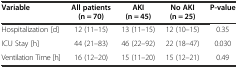
<table><thead><tr><td><b>Variable</b></td><td><b>All patients (n = 70)</b></td><td><b>AKI (n = 45)</b></td><td><b>No AKI (n = 25)</b></td><td><b>P-value</b></td></tr></thead><tbody><tr><td>Hospitalization [d]</td><td>12 (11–15)</td><td>13 (11–15)</td><td>12 (10–15)</td><td>0.35</td></tr><tr><td>ICU Stay [h]</td><td>44 (21–83)</td><td>46 (22–92)</td><td>22 (18–47)</td><td>0.030</td></tr><tr><td>Ventilation Time [h]</td><td>16 (12–20)</td><td>15 (11–20)</td><td>15 (12–21)</td><td>0.49</td></tr></tbody></table>